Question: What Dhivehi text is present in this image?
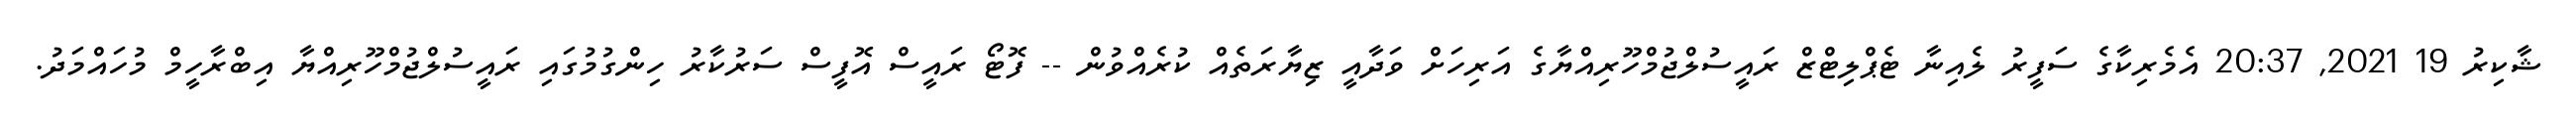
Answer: ޝާކިރު 19 2021, 20:37 އެމެރިކާގެ ސަފީރު ލެއިނާ ޓެޕްލިޓްޒް ރައީސުލްޖުމްހޫރިއްޔާގެ އަރިހަށް ވަދާއީ ޒިޔާރަތެއް ކުރެއްވުން -- ފޮޓޯ ރައީސް އޮފީސް ސަރުކާރު ހިންގުމުގައި ރައީސުލްޖުމްހޫރިއްޔާ އިބްރާހީމް މުހައްމަދު.